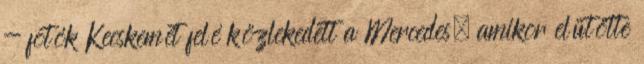
- fotók Kecskemét felé közlekedett a Mercedes, amikor elütötte